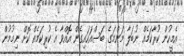
އެމީހުން ކުރާކަމެއް ނުބަލާ މަންމަގެ ބަސްއަހައިގެން އޮއްވާ އެ ކުރިކަމެއް ކޮށް ނިމުމުން